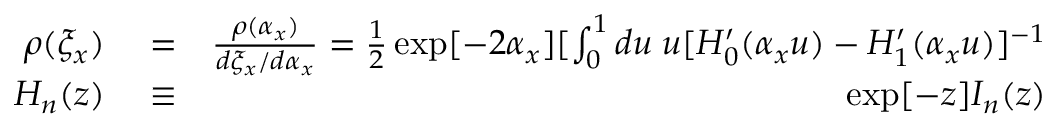
\begin{array} { r l r } { \rho ( \xi _ { x } ) } & { { } = } & { \frac { \rho ( \alpha _ { x } ) } { d \xi _ { x } / d \alpha _ { x } } = \frac { 1 } { 2 } \exp [ - 2 \alpha _ { x } ] [ \int _ { 0 } ^ { 1 } d u \; u [ H _ { 0 } ^ { \prime } ( \alpha _ { x } u ) - H _ { 1 } ^ { \prime } ( \alpha _ { x } u ) ] ^ { - 1 } } \\ { H _ { n } ( z ) } & { { } \equiv } & { \exp [ - z ] I _ { n } ( z ) } \end{array}